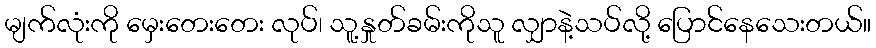
မျက်လုံးကို မှေးတေးတေး လုပ်၊ သူ့နှုတ်ခမ်းကိုသူ လျှာနဲ့သပ်လို့ ပြောင်နေသေးတယ်။